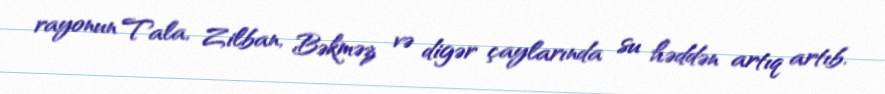
rayonun Tala, Zilban, Bəkməz və digər çaylarında su həddən artıq artıb.